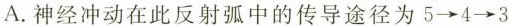
A.神经冲动在此反射弧中的传导途径为5\rightarrow 4\rightarrow 3